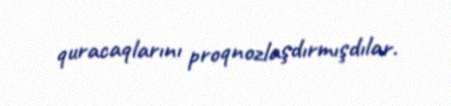
quracaqlarını proqnozlaşdırmışdılar.